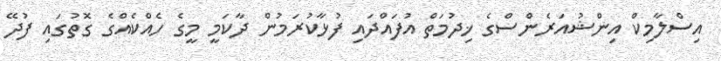
އިސްލާމިކް އިންޝުއަރެންސްގެ ޚިދުމަތް އުފައްދައި ފުޅާކުރަމުން ދާކަމީ މީގެ ހެއްކެއްގެ ގޮތުގައި ފުދޭ